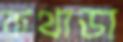
কথাডা